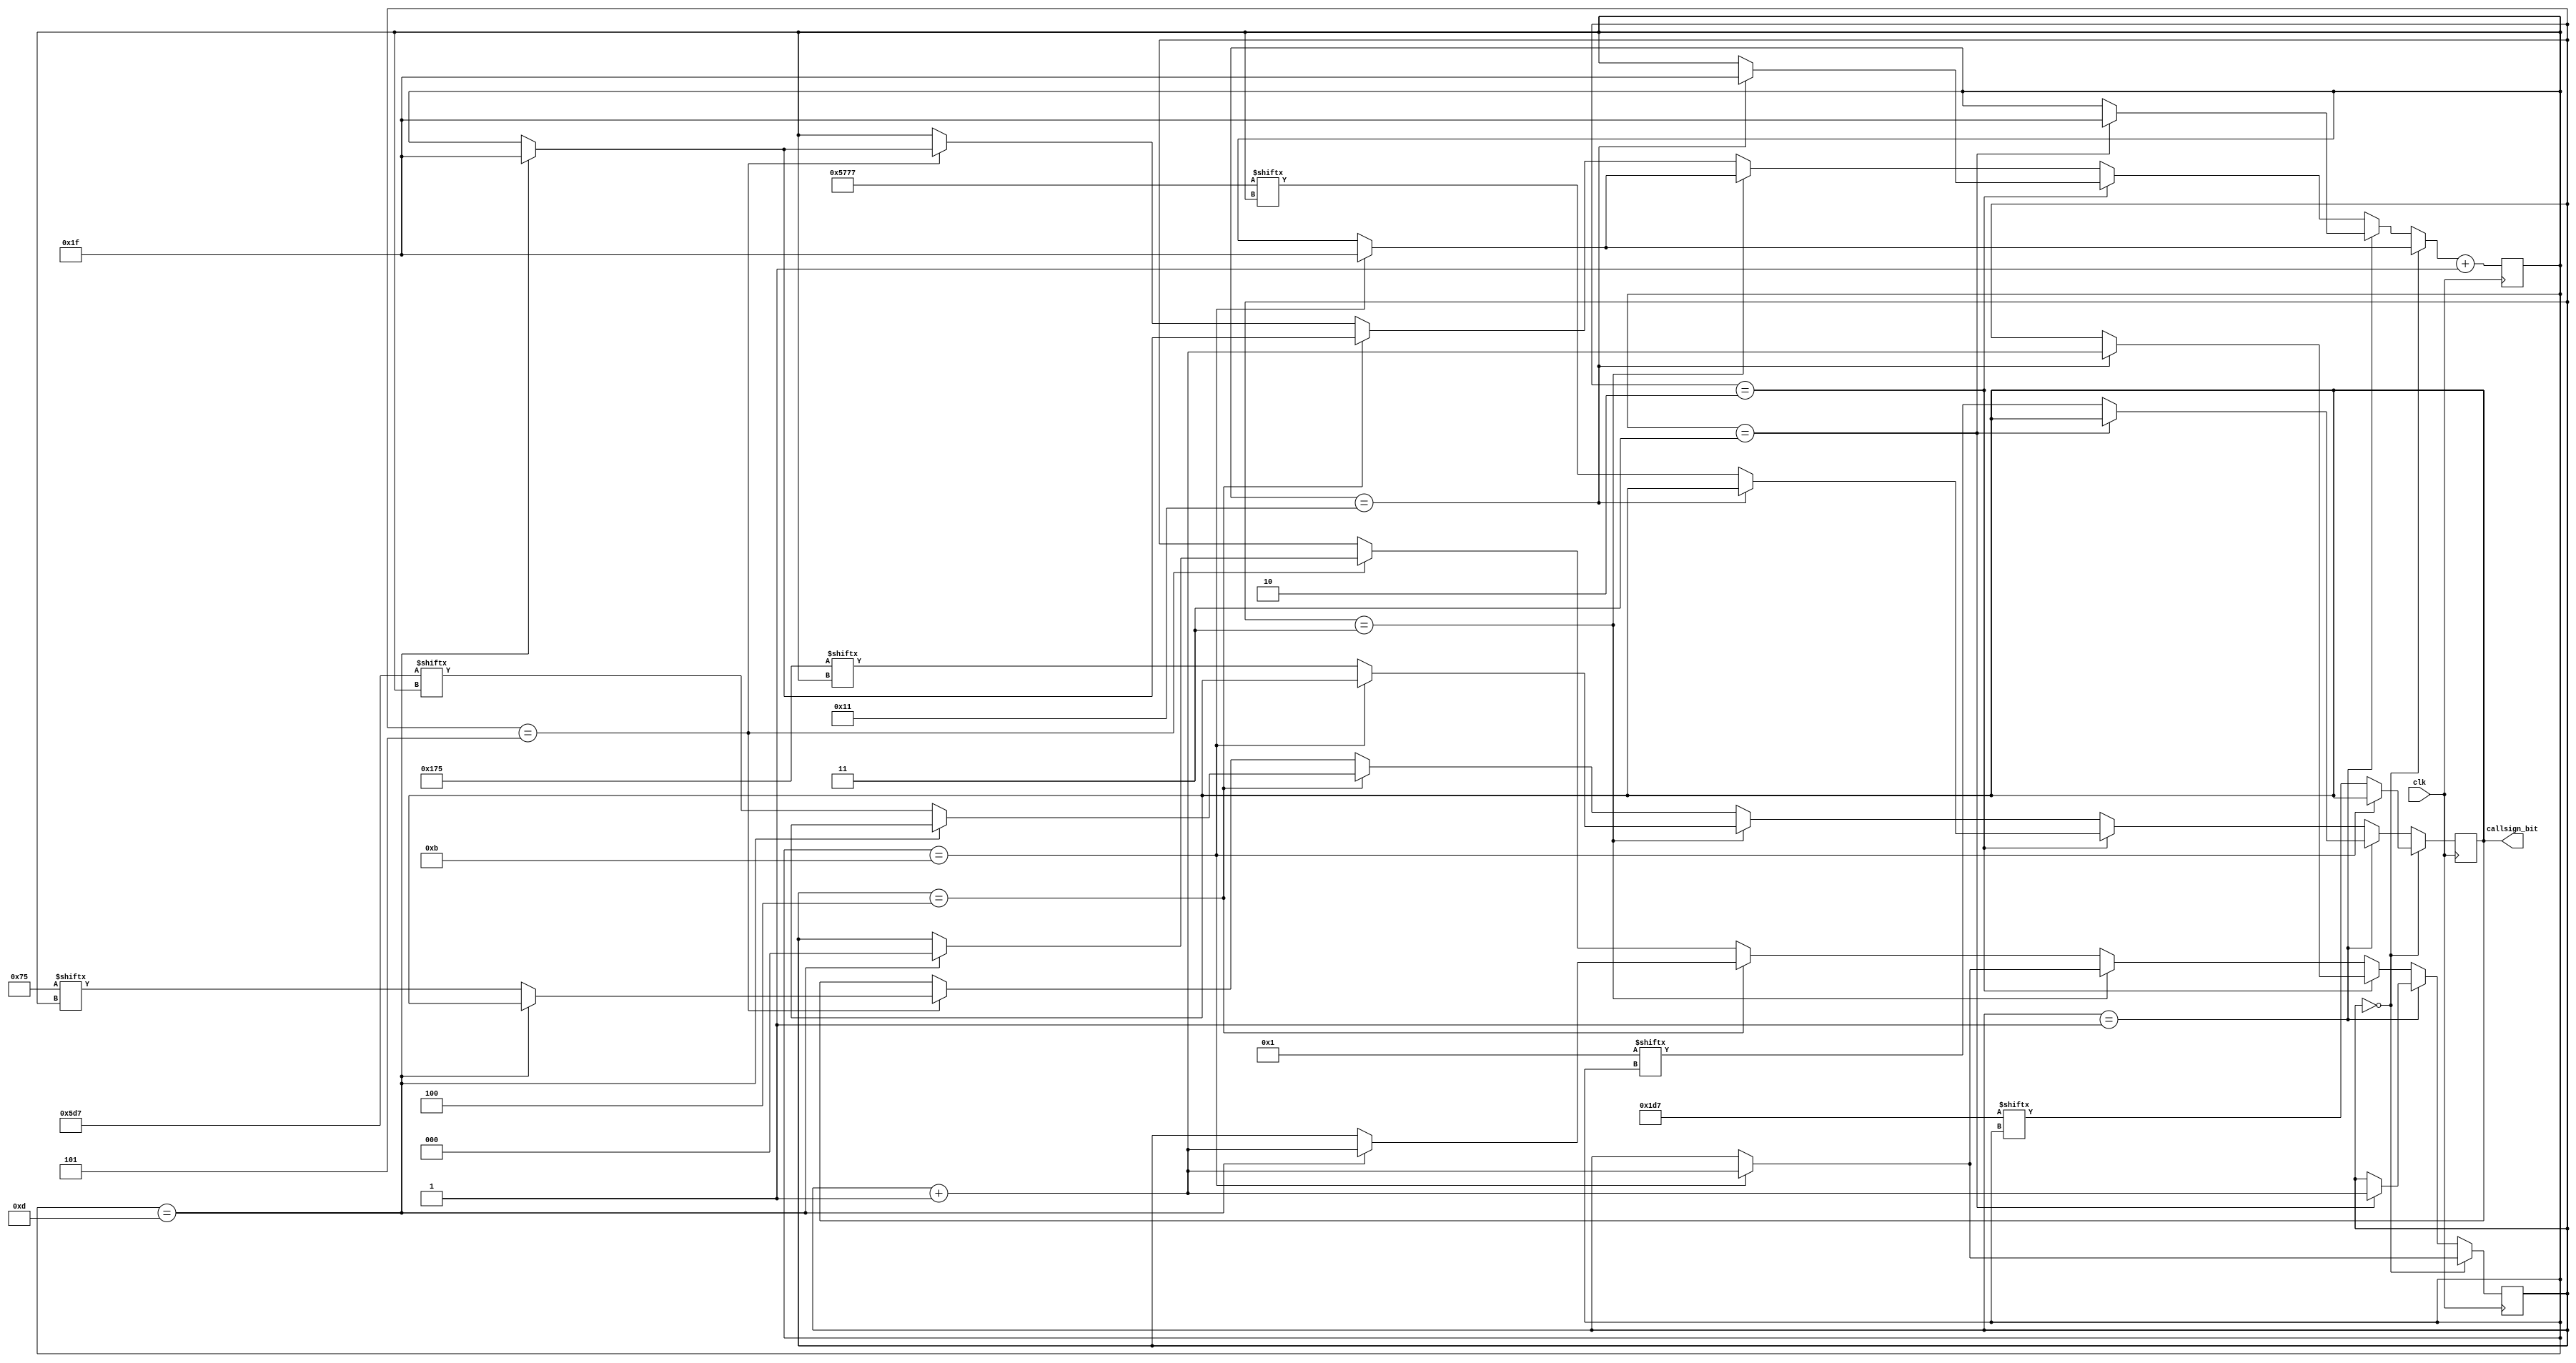
module callsign(
	input clk, // 4kHz generated clock
	output reg callsign_bit // Morse code signal output
);

/* 
Phong Nguyen's callsign in Morse code
K = _ . _     = 111010111
E = .         = 1
8 = _ _ _ . . = 111011101110101
F = . . _ .   = 101011101
C = _ . _ .   = 11101011101
U = . . _     = 1010111

With 3 spaces between characters, 7 spaces between words,
KE8FCU = (K)111010111 + 000 + (E)1 + 000 + (8)111011101110101 + 
			000 + (F)101011101 + 000 + (C)11101011101 + 000 + (U)1010111 + 0000000

Each character will be stored in its own register
with the required following space included:
K = 111010111000 -> 000111010111 = [11:0]
E = 1000 -> 0001 = [3:0]
8 = 111011101110101000 -> 000101011101110111 = [17:0]
F = 101011101000 -> 000101110101 = [11:0]
C = 11101011101000 -> 00010111010111 = [13:0]
U = 10101110000000 -> 00000001110101 = [13:0]
Note that the endianness of the bits have to be flipped to 
accomodate for the direction of the bit counter
*/

reg [11:0] reg_K;
reg [3:0]  reg_E;
reg [17:0] reg_8;
reg [11:0] reg_F;
reg [13:0] reg_C;
reg [13:0] reg_U;

reg [4:0] bit_counter; // inner counter to track current bit of a character
reg [2:0] char_counter; // outer counter to track current character

initial
begin
	reg_K = 12'b000111010111;
	reg_E = 4'b0001;
	reg_8 = 18'b000101011101110111;
	reg_F = 12'b000101110101;
	reg_C = 14'b00010111010111;
	reg_U = 14'b00000001110101;
	bit_counter = 5'b00000;
	char_counter = 3'b000;
	callsign_bit = 1'b0;
end

always @(posedge clk) // transmit at 4kHz
begin
	if (char_counter == 3'b000) // corresponding to K
	begin
		if (bit_counter == 5'b01011)
		begin // reset bit and increment char at bit = 11
			bit_counter = 5'b11111;
			char_counter = char_counter + 3'b001;
		end
		else
			callsign_bit = reg_K[bit_counter];
	end
	
	else if (char_counter == 3'b001) // corresponding to E
	begin
		if (bit_counter == 5'b00011)
		begin // reset bit and increment char at bit = 3
			bit_counter = 5'b11111;
			char_counter = char_counter + 3'b001;
		end
		else
			callsign_bit = reg_E[bit_counter];
	end
	
	else if (char_counter == 3'b010) // corresponding to 8
	begin
		if (bit_counter == 5'b10001)
		begin // reset bit and increment char at bit = 17
			bit_counter = 5'b11111;
			char_counter = char_counter + 3'b001;
		end
		else
			callsign_bit = reg_8[bit_counter];
	end
	
	else if (char_counter == 3'b011) // corresponding to F
	begin
		if (bit_counter == 5'b01011)
		begin // reset bit and increment char at bit = 11
			bit_counter = 5'b11111;
			char_counter = char_counter + 3'b001;
		end
		else
			callsign_bit = reg_F[bit_counter];
	end
	
	else if (char_counter == 3'b100) // corresponding to C
	begin
		if (bit_counter == 5'b01101)
		begin // reset bit and increment char at bit = 13
			bit_counter = 5'b11111;
			char_counter = char_counter + 3'b001;
		end
		else
			callsign_bit = reg_C[bit_counter];
	end
	
	else if (char_counter == 3'b101) // corresponding to U
	begin
		if (bit_counter == 5'b01101)
		begin // reset bit and char at bit = 13
			bit_counter = 5'b11111;
			char_counter = 3'b000;
		end
		else
			callsign_bit = reg_U[bit_counter];
	end
	bit_counter = bit_counter + 5'b00001; // always increment bit 
end

endmodule